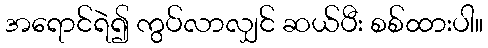
အရောင်ရဲ၍ ကွပ်လာလျှင် ဆယ်ပီး စစ်ထားပါ။